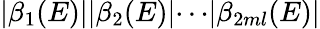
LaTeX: |\beta_{1}(E)|\le|\beta_{2}(E)|\le\cdots\le|\beta_{2ml}(E)|